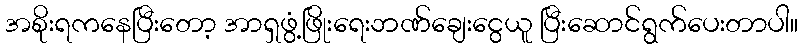
အစိုးရကနေပြီးတော့ အာရှဖွံ့ဖြိုးရေးဘဏ်ချေးငွေယူ ပြီးဆောင်ရွက်ပေးတာပါ။